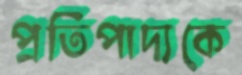
প্রতিপাদ্যকে